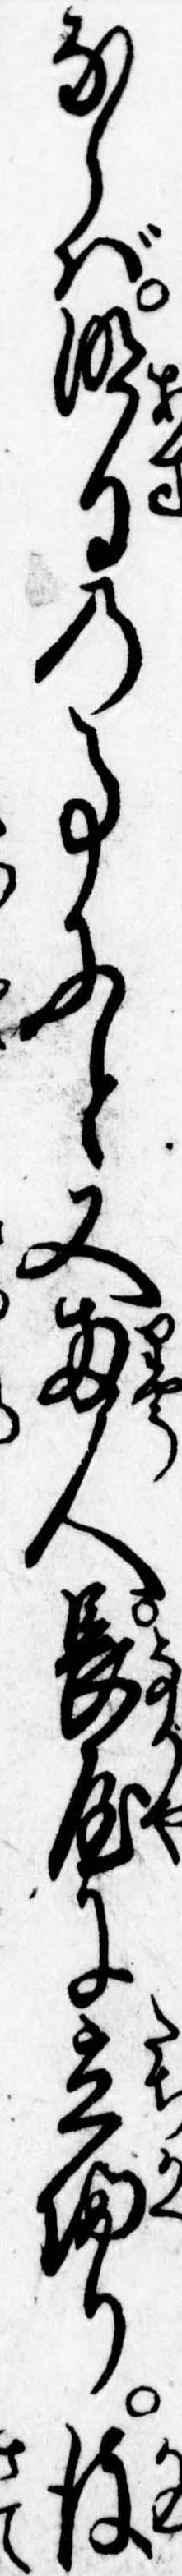
ならば明日の事にと又両人長屋に立帰り彼